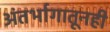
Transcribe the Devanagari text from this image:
अंतर्भागातूनही